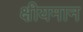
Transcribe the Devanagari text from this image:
क्षीयमान